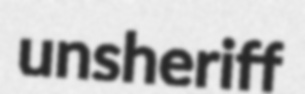
unsheriff